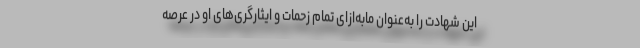
این شهادت را به‌عنوان مابه‌ازای تمام زحمات و ایثارگری‌های او در عرصه